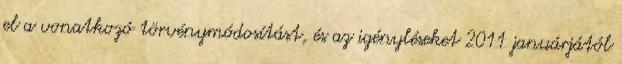
el a vonatkozó törvénymódosítást, és az igényléseket 2011 januárjától